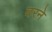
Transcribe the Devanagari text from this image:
वरने